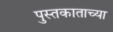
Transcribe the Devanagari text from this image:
पुस्तकाताच्या